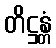
တိဋ္ဌန္တံ